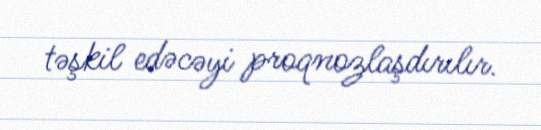
təşkil edəcəyi proqnozlaşdırılır.